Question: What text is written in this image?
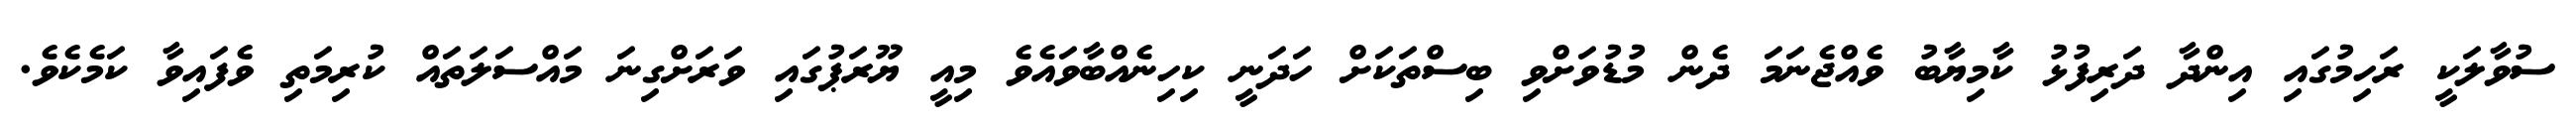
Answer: ސުވާލަކީ ރަހިމުގައި އިންދާ ދަރިފުޅު ކާމިޔާބު ވެއްޖެނަމަ ދެން މުޑުވަށްވި ބިސްތަކަށް ހަދަނީ ކިހިނެއްބާވައެވެ މިއީ ޔޫރަޕުގައި ވަރަށްގިނަ މައްސަލަތައް ކުރިމަތި ވެފައިވާ ކަމެކެވެ.